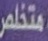
متخاص